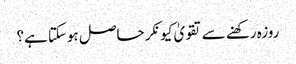
روزہ رکھنے سے تقویٰ کیونکر حاصل ہوسکتا ہے؟